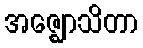
အဇ္ဈောသိတာ